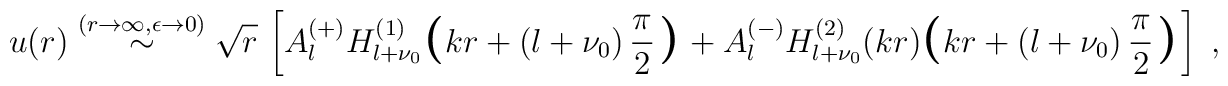
u(r) \stackrel{(r \rightarrow \infty , \epsilon \rightarrow 0) }{\sim}\sqrt{r} \,\left[A_{l}^{(+)} H^{(1)}_{l+\nu_{0}}\mbox{\boldmath\Large  $\left(  \right.$ } \! \! \!k r + \left( l+\nu_{0} \right) \frac{\pi}{2}\mbox{\boldmath\Large  $\left.  \right)$ } \! \!+A_{l}^{(-)} H^{(2)}_{l+\nu_{0}} (  k r )\mbox{\boldmath\Large  $\left(  \right.$ } \! \! \!k r + \left( l+\nu_{0} \right) \frac{\pi}{2}\mbox{\boldmath\Large  $\left.  \right)$ } \! \!\right]\;  ,